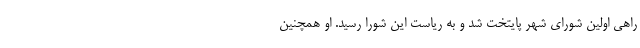
راهی اولین شورای شهر پایتخت شد و به ریاست این شورا رسید. او همچنین